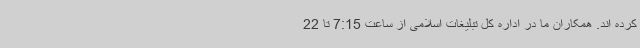
کرده اند. همکاران ما در اداره کل تبلیغات اسلامی از ساعت 7:15 تا 22